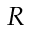
R